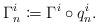
LaTeX: \begin{align*}\Gamma_n^{i} \coloneqq \Gamma^i \circ q_n^i.\end{align*}